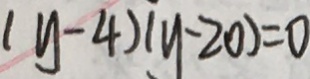
( y - 4 ) ( y - 2 0 ) = 0